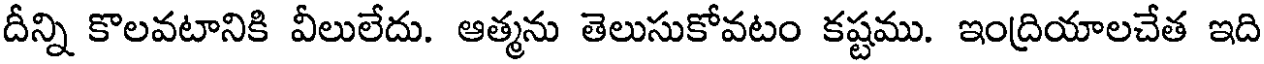
దీన్ని కొలవటానికి వీలులేదు. ఆత్మను తెలుసుకోవటం కష్టము. ఇంద్రియాలచేత ఇది